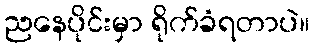
ညနေပိုင်းမှာ ရိုက်ခံရတာပဲ။